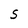
Character: S